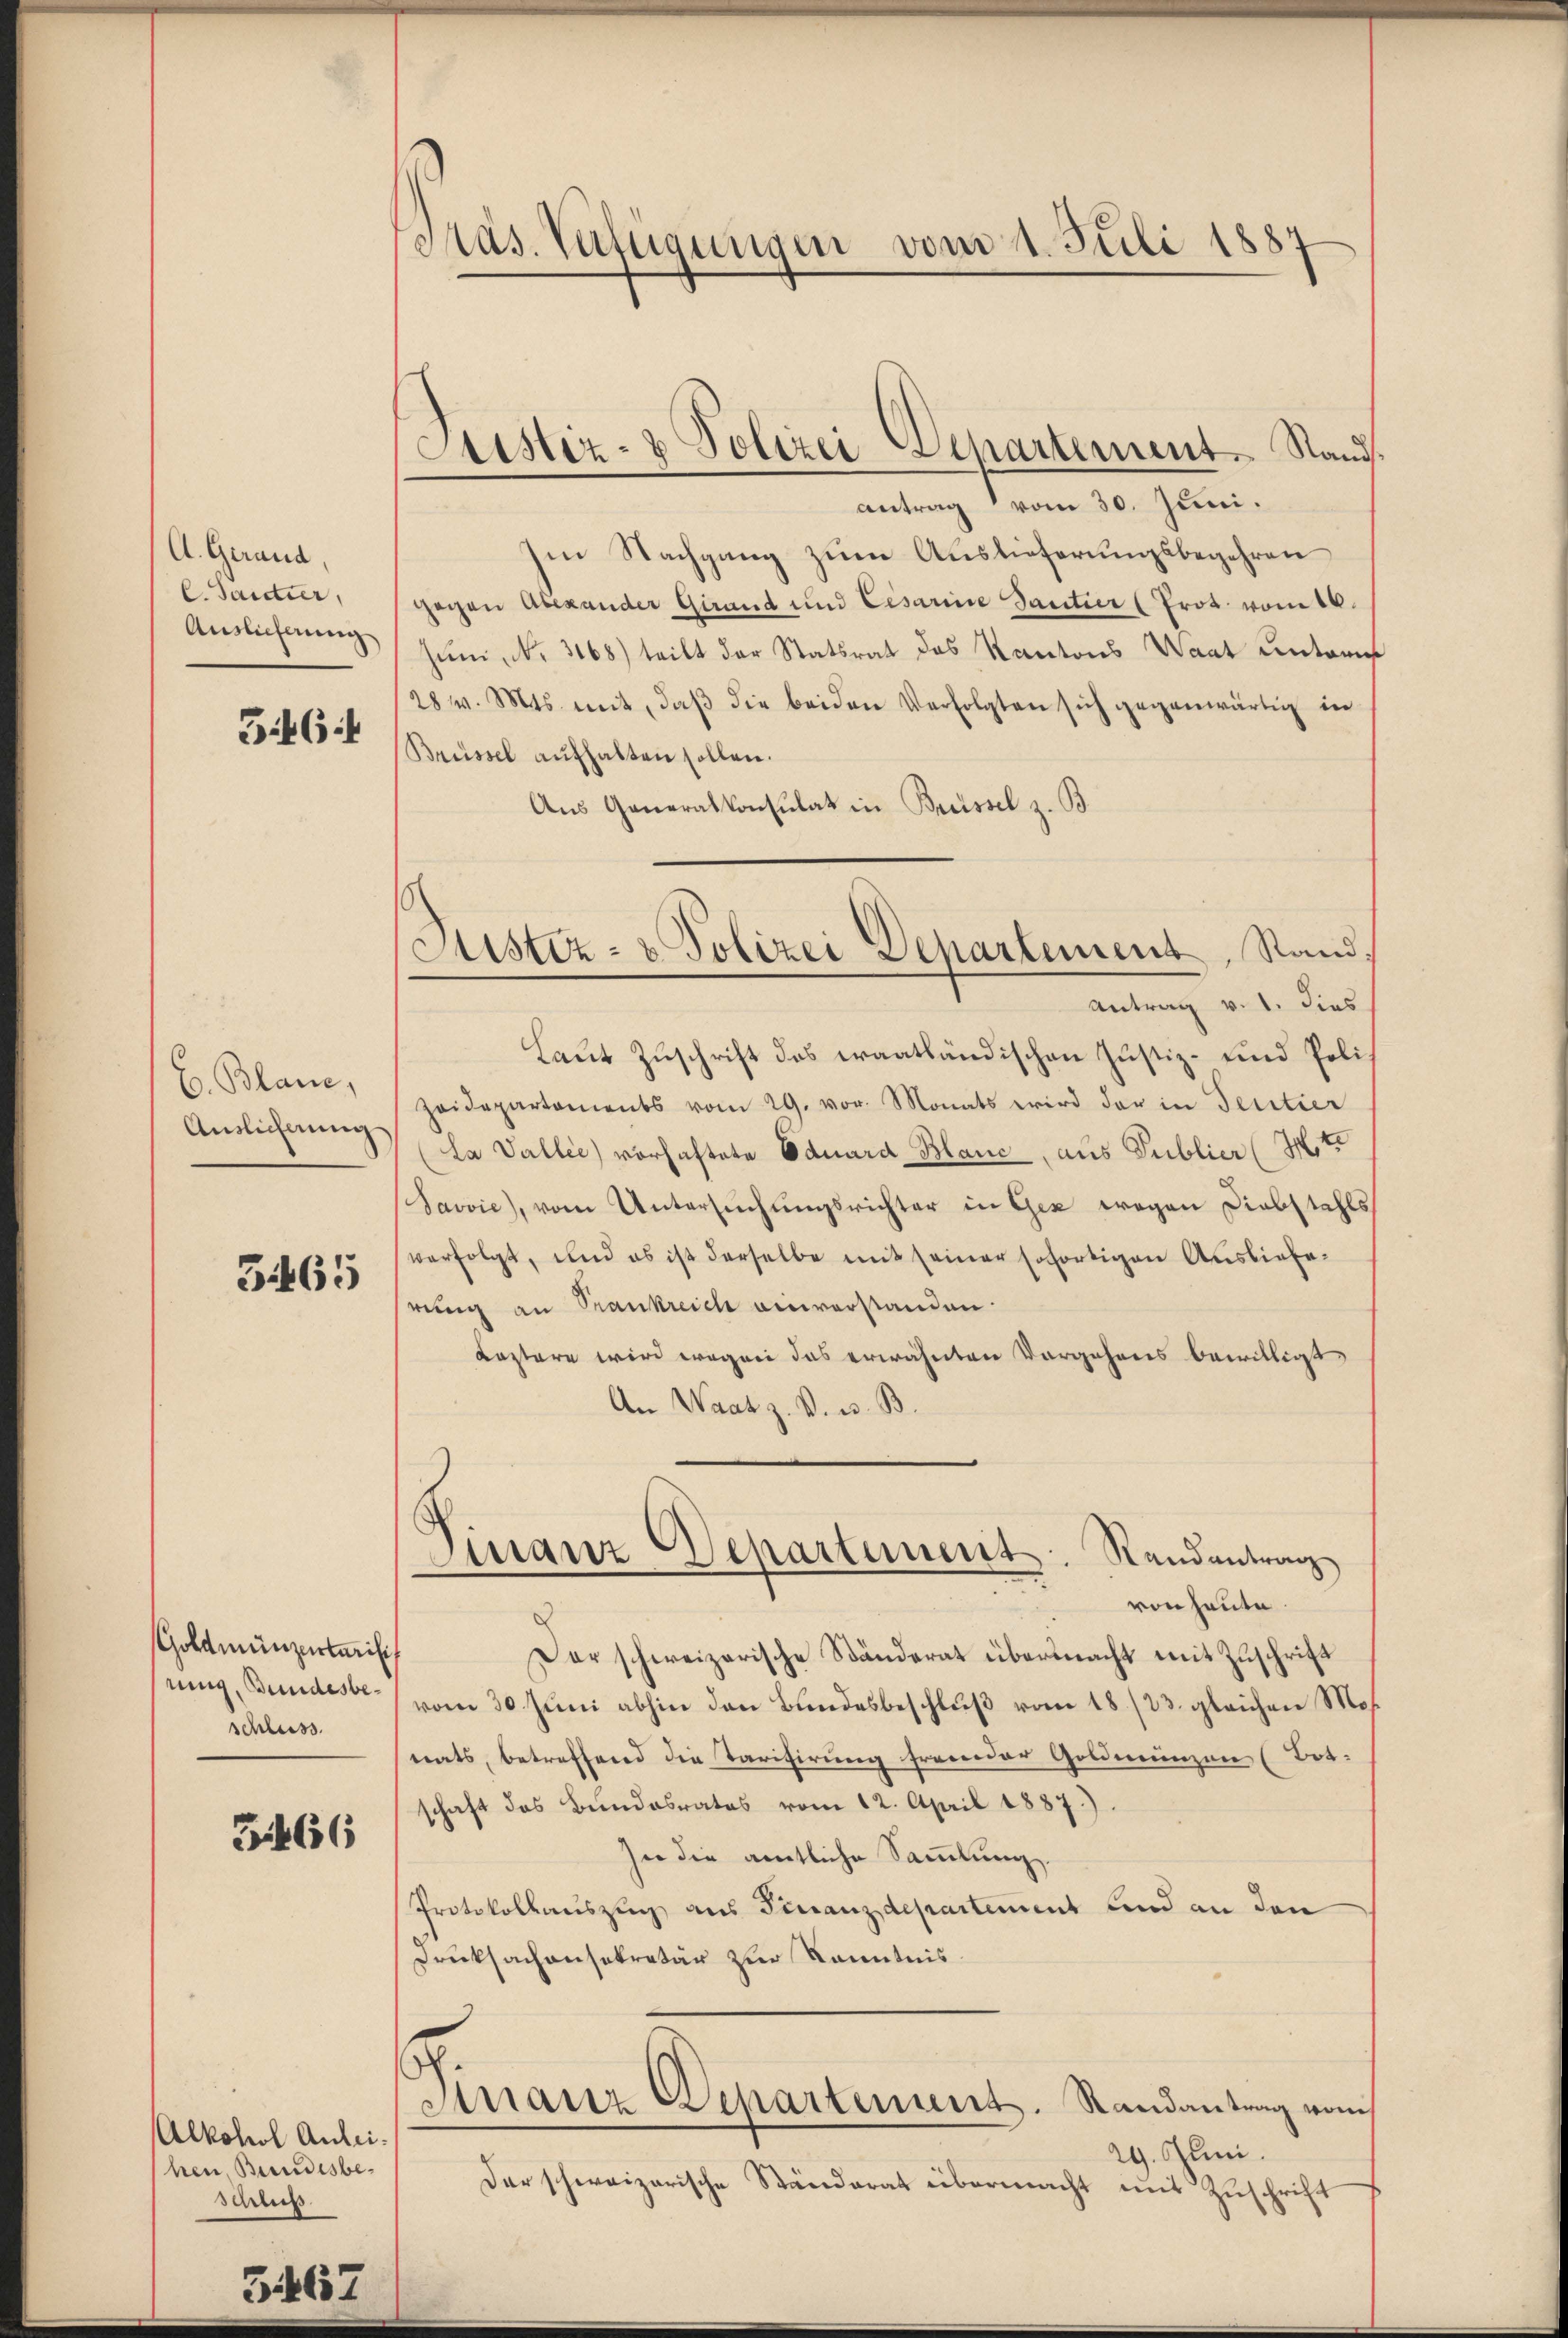
A. Gerand,
C. Santier,
Auslieferung

Gif 64

E. Blanc,
Auslichnung

3465

Goldmünzertarisch
nung, Bundesbeschluss.

51466

Alkohol Anleihen, Bundesbe¬
Schluß

3467

Pas. Verfügungen vom 1. Juli 1887

Custiz- & Polizei Departement. Stand

antrag vom 30. Juni.
Im Nachgang zum Auslieferungsbegehren
gegen Abexander Girand und Cesariie Tantier (Prot. vom 16.
Juni, No. 3168) teilt der Statsrat des Kantons Waat untern
28 v. Mts. mit, daβ die beiden Verfolgten sich gegenwärtig in
Brüssel aŭfhalten sollen.
Aus Generalkonsulat in Breissel z. B.
Antrag v. 1. dies
Laut Zuschrift des craatländischen Justiz- und Poli¬
Zeidepartements vom 29. vor. Monats wird der in Seritier
(La Vallee vorhaftete Eduard Blanc, aus Publier (I. t.
Javvić, vom Untersŭchŭngsrichter in Gez wegen Diebstahls
verfolgt, und es ist derselbe mit seiner sofortigen Auslieferung an Srankreich einverstanden.
Leztere wird wegen das erwähnten Vorgehens bewilligt,
An Waat z. B. u. B.
Finanz Departement. Randantrag
von heute.
d
Dor schweizerische Ständerat übermacht mit Zuschrift
vom 30. Juni abhin den Bundesbeschluß vom 18./23. gleichen Mos
nats, betreffend die Tarifirung fremder Goldmünzen (Bot.
schaft des Bundesrates vom 12. April 1887.).
In die amtliche Sammlung.
Protokollauszug aus Finanzdepartement und an den
Drucksachensekretär zur Kenntnis.
Finanz-Departement. Randantrag vom
29. Juni.
Der schweizerische Ständerat übermacht mit Zuschrift

Justiz- & Polizei Departement, Stand¬